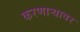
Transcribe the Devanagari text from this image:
करणार्‍यावर